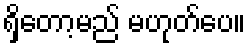
ရှိတော့မည် မဟုတ်ပေ။